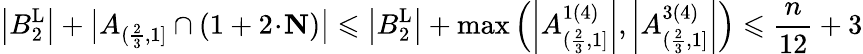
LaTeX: \left|B_{2}^{\operatorname{L}}\right|+\big|A_{(\frac{2}{3},1]}\cap(1+2\! \cdot\! \mathbf{N})\big|\leqslant\left|B_{2}^{\operatorname{L}}\right|+\operatorname*{max}\left(\left|A_{(\frac{2}{3},1]}^{1(4)}\right|,\left|A_{(\frac{2}{3},1]}^{3(4)}\right|\right)\leqslant\frac{n}{12}+3